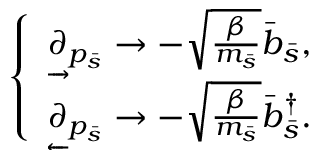
\begin{array} { r } { \left\{ \begin{array} { l l } { \underrightarrow { \partial } _ { p _ { \bar { s } } } \rightarrow - \sqrt { \frac { \beta } { m _ { \bar { s } } } } \bar { b } _ { \bar { s } } , } \\ { \underleftarrow { \partial } _ { p _ { \bar { s } } } \rightarrow - \sqrt { \frac { \beta } { m _ { \bar { s } } } } \bar { b } _ { \bar { s } } ^ { \dagger } . } \end{array} \right. } \end{array}